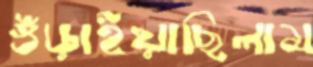
গুঁড়াইয়াছিলাম